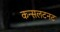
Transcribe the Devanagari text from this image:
कन्सलटनट